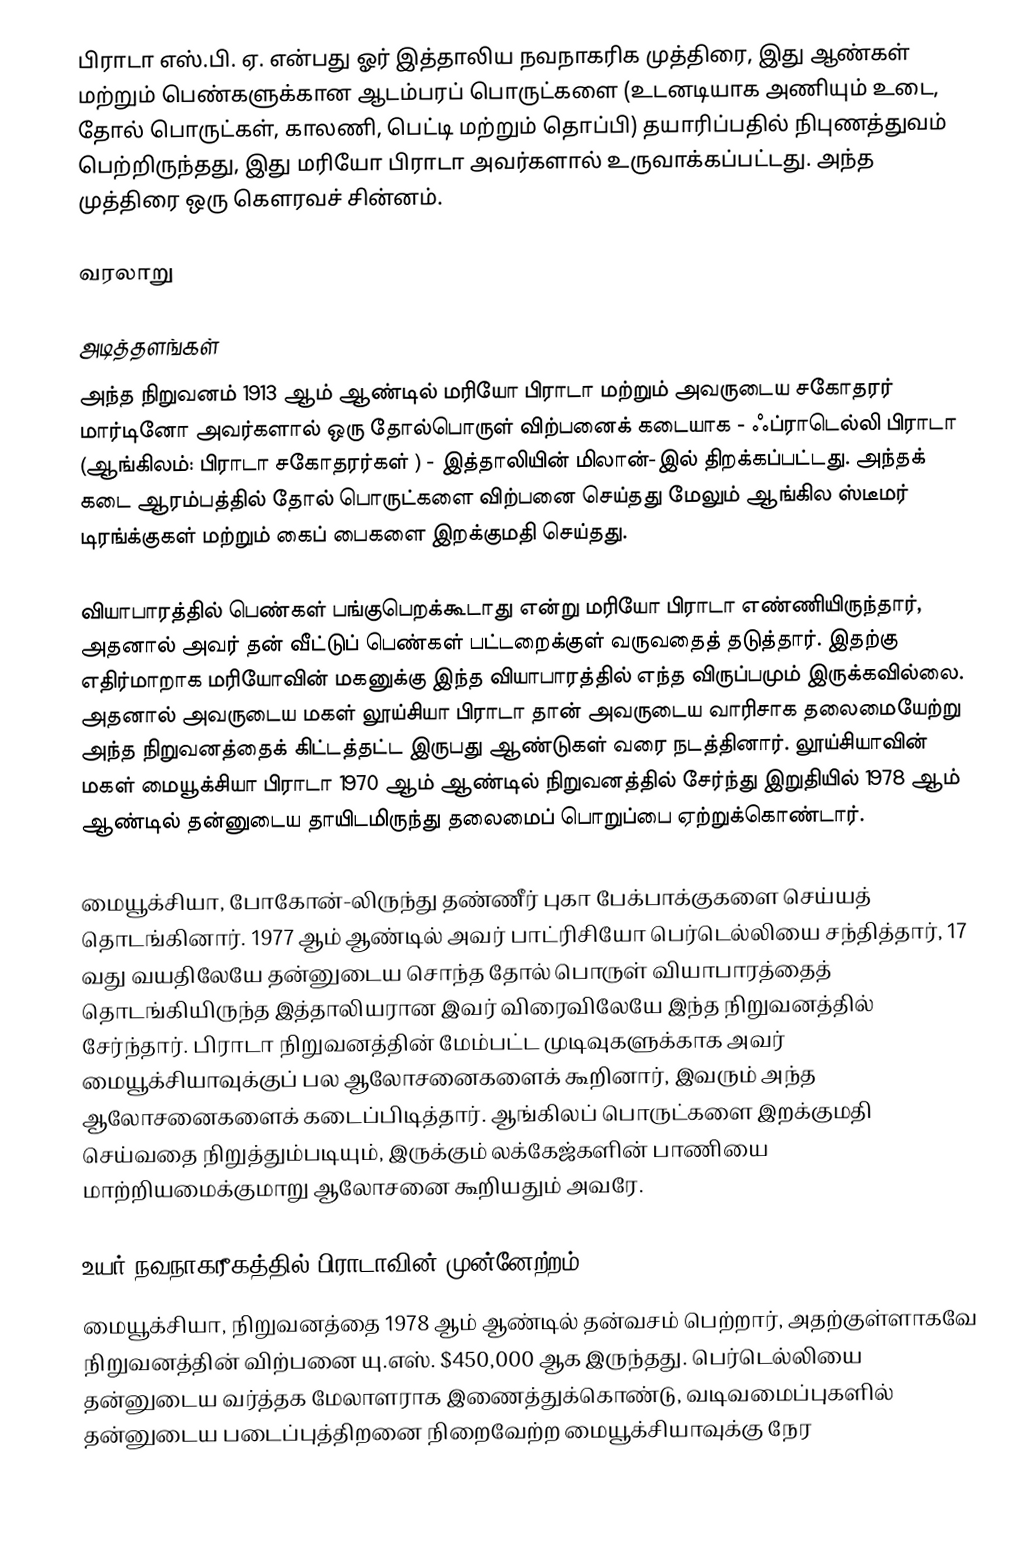
பிராடா எஸ்.பி. ஏ. என்பது ஓர் இத்தாலிய நவநாகரிக முத்திரை, இது ஆண்கள் மற்றும் பெண்களுக்கான ஆடம்பரப் பொருட்களை (உடனடியாக அணியும் உடை, தோல் பொருட்கள், காலணி, பெட்டி மற்றும் தொப்பி) தயாரிப்பதில் நிபுணத்துவம் பெற்றிருந்தது, இது மரியோ பிராடா அவர்களால் உருவாக்கப்பட்டது. அந்த முத்திரை ஒரு கௌரவச் சின்னம்.

வரலாறு

அடித்தளங்கள்
அந்த நிறுவனம் 1913 ஆம் ஆண்டில் மரியோ பிராடா மற்றும் அவருடைய சகோதரர் மார்டினோ அவர்களால் ஒரு தோல்பொருள் விற்பனைக் கடையாக - ஃப்ராடெல்லி பிராடா (ஆங்கிலம்: பிராடா சகோதரர்கள்  ) - இத்தாலியின் மிலான்-இல் திறக்கப்பட்டது. அந்தக் கடை ஆரம்பத்தில் தோல் பொருட்களை விற்பனை செய்தது மேலும் ஆங்கில ஸ்டீமர் டிரங்க்குகள் மற்றும் கைப் பைகளை இறக்குமதி செய்தது.

வியாபாரத்தில் பெண்கள் பங்குபெறக்கூடாது என்று மரியோ பிராடா எண்ணியிருந்தார், அதனால் அவர் தன் வீட்டுப் பெண்கள் பட்டறைக்குள் வருவதைத் தடுத்தார். இதற்கு எதிர்மாறாக மரியோவின் மகனுக்கு இந்த வியாபாரத்தில் எந்த விருப்பமும் இருக்கவில்லை. அதனால் அவருடைய மகள் லூய்சியா பிராடா தான் அவருடைய வாரிசாக தலைமையேற்று அந்த நிறுவனத்தைக் கிட்டத்தட்ட இருபது ஆண்டுகள் வரை நடத்தினார். லூய்சியாவின் மகள் மையூக்சியா பிராடா 1970 ஆம் ஆண்டில் நிறுவனத்தில் சேர்ந்து இறுதியில் 1978 ஆம் ஆண்டில் தன்னுடைய தாயிடமிருந்து தலைமைப் பொறுப்பை ஏற்றுக்கொண்டார்.

மையூக்சியா, போகோன்-லிருந்து தண்ணீர் புகா பேக்பாக்குகளை செய்யத் தொடங்கினார். 1977 ஆம் ஆண்டில் அவர் பாட்ரிசியோ பெர்டெல்லியை சந்தித்தார், 17 வது வயதிலேயே தன்னுடைய சொந்த தோல் பொருள் வியாபாரத்தைத் தொடங்கியிருந்த இத்தாலியரான இவர் விரைவிலேயே இந்த நிறுவனத்தில் சேர்ந்தார். பிராடா நிறுவனத்தின் மேம்பட்ட முடிவுகளுக்காக அவர் மையூக்சியாவுக்குப் பல ஆலோசனைகளைக் கூறினார், இவரும் அந்த ஆலோசனைகளைக் கடைப்பிடித்தார். ஆங்கிலப் பொருட்களை இறக்குமதி செய்வதை நிறுத்தும்படியும், இருக்கும் லக்கேஜ்களின் பாணியை மாற்றியமைக்குமாறு ஆலோசனை கூறியதும் அவரே.

உயர் நவநாகரீகத்தில் பிராடாவின் முன்னேற்றம்
மையூக்சியா, நிறுவனத்தை 1978 ஆம் ஆண்டில் தன்வசம் பெற்றார், அதற்குள்ளாகவே நிறுவனத்தின் விற்பனை யு.எஸ். $450,000 ஆக இருந்தது. பெர்டெல்லியை தன்னுடைய வர்த்தக மேலாளராக இணைத்துக்கொண்டு, வடிவமைப்புகளில் தன்னுடைய படைப்புத்திறனை நிறைவேற்ற மையூக்சியாவுக்கு நேர